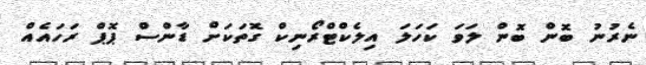
ނެރުނު ބޮން ބޮން ލަވަ ކަހަލަ އިލެކްޓްރޯނިކް ގޮތަކަށް ޑާންސް ޕޮޕް ރަހައެއް